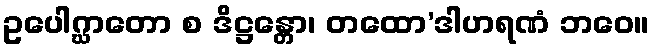
ဥပေါဂ္ဃာတော စ ဒိဋ္ဌန္တော၊ တထော’ဒါဟရဏံ ဘဝေ။